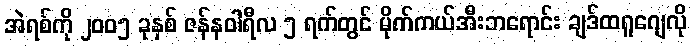
အဲရစ်ကို ၂၀၀၅ ခုနှစ် ဇန်နဝါရီလ ၅ ရက်တွင် မိုက်ကယ်အီးဘရောင်း ချဒ်ထရူဂျေလို